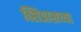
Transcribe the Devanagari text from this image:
त्सिप्रासच्या